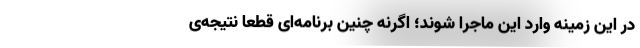
در این زمینه وارد این ماجرا شوند؛ اگرنه چنین برنامه‌ای قطعا نتیجه‌ی